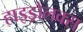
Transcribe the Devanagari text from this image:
हाइड्रोलक्स